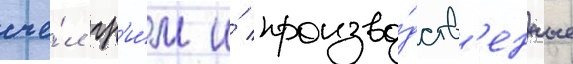
сче́л гр'и́м и́ произво́дств'енные